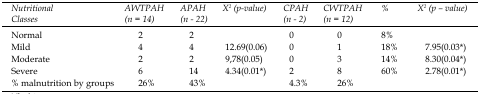
<table><thead><tr><td><b>Nutritional Classes</b></td><td><b>AWTPAH (n = 14)</b></td><td><b>APAH (n - 22)</b></td><td><b>X<sup>2</sup> (p-value)</b></td><td><b>CPAH (n - 2)</b></td><td><b>CWTPAH (n = 12)</b></td><td><b>%</b></td><td><b>X<sup>2</sup> (p – value)</b></td></tr></thead><tbody><tr><td>Normal</td><td>2</td><td>2</td><td></td><td>0</td><td>0</td><td>8%</td><td></td></tr><tr><td>Mild</td><td>4</td><td>4</td><td>12.69(0.06)</td><td>0</td><td>1</td><td>18%</td><td>7.95(0.03*)</td></tr><tr><td>Moderate</td><td>2</td><td>2</td><td>9,78(0.05)</td><td>0</td><td>3</td><td>14%</td><td>8.30(0.04*)</td></tr><tr><td>Severe</td><td>6</td><td>14</td><td>4.34(0.01*)</td><td>2</td><td>8</td><td>60%</td><td>2.78(0.01*)</td></tr><tr><td>% malnutrition by groups</td><td>26%</td><td>43%</td><td></td><td>4.3%</td><td>26%</td><td></td><td></td></tr></tbody></table>